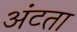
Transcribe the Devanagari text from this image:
अंटता